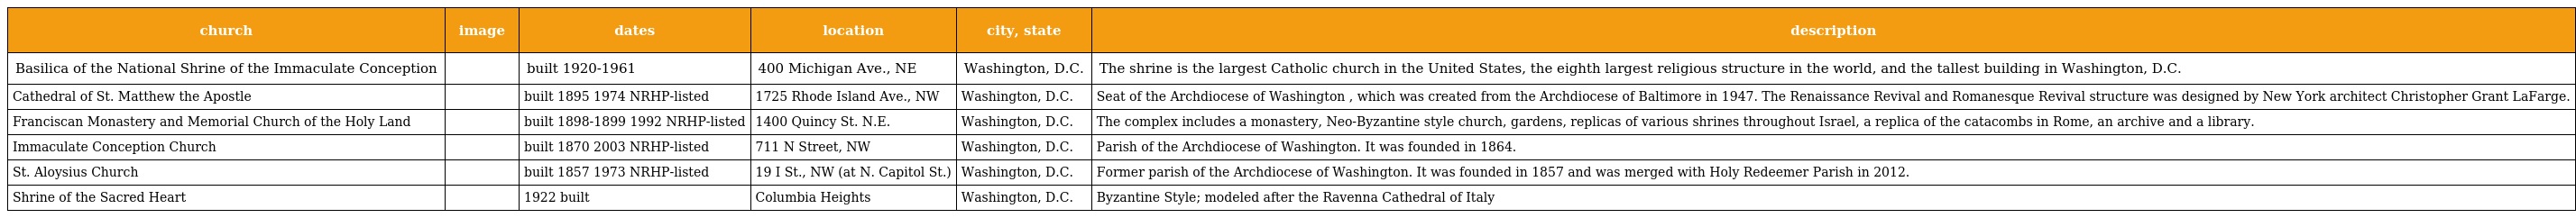
| church | image | dates | location | city, state | description |
 | --- | --- | --- | --- | --- | --- |
 | Basilica of the National Shrine of the Immaculate Conception |  | built 1920-1961 | 400 Michigan Ave., NE | Washington, D.C. | The shrine is the largest Catholic church in the United States, the eighth largest religious structure in the world, and the tallest building in Washington, D.C. |
 | Cathedral of St. Matthew the Apostle |  | built 1895 1974 NRHP-listed | 1725 Rhode Island Ave., NW | Washington, D.C. | Seat of the Archdiocese of Washington , which was created from the Archdiocese of Baltimore in 1947. The Renaissance Revival and Romanesque Revival structure was designed by New York architect Christopher Grant LaFarge. |
 | Franciscan Monastery and Memorial Church of the Holy Land |  | built 1898-1899 1992 NRHP-listed | 1400 Quincy St. N.E. | Washington, D.C. | The complex includes a monastery, Neo-Byzantine style church, gardens, replicas of various shrines throughout Israel, a replica of the catacombs in Rome, an archive and a library. |
 | Immaculate Conception Church |  | built 1870 2003 NRHP-listed | 711 N Street, NW | Washington, D.C. | Parish of the Archdiocese of Washington. It was founded in 1864. |
 | St. Aloysius Church |  | built 1857 1973 NRHP-listed | 19 I St., NW (at N. Capitol St.) | Washington, D.C. | Former parish of the Archdiocese of Washington. It was founded in 1857 and was merged with Holy Redeemer Parish in 2012. |
 | Shrine of the Sacred Heart |  | 1922 built | Columbia Heights | Washington, D.C. | Byzantine Style; modeled after the Ravenna Cathedral of Italy |